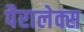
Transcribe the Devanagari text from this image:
पैरालेक्स